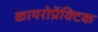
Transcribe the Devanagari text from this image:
कायरोप्रॅक्टिक